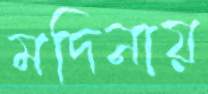
মদিনায়